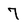
Character: 7